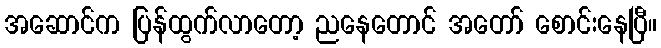
အဆောင်က ပြန်ထွက်လာတော့ ညနေတောင် အတော် စောင်းနေပြီ။